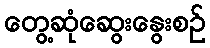
တွေ့ဆုံဆွေးနွေးစဉ်